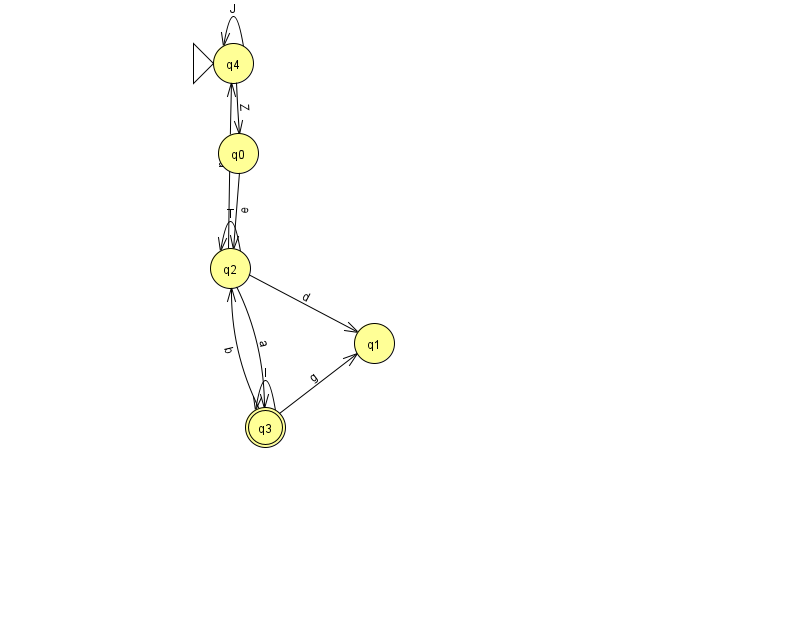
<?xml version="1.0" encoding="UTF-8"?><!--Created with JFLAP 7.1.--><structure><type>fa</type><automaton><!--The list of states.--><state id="0" name="q0"><x>238.0</x><y>140.0</y></state><state id="1" name="q1"><x>374.0</x><y>330.0</y></state><state id="2" name="q2"><x>230.0</x><y>255.0</y></state><state id="3" name="q3"><x>265.0</x><y>414.0</y><final/></state><state id="4" name="q4"><x>233.0</x><y>50.0</y><initial/></state><!--The list of transitions.--><transition><from>2</from><to>4</to><read>p</read></transition><transition><from>2</from><to>1</to><read>d</read></transition><transition><from>2</from><to>2</to><read>T</read></transition><transition><from>3</from><to>2</to><read>b</read></transition><transition><from>4</from><to>0</to><read>Z</read></transition><transition><from>3</from><to>1</to><read>g</read></transition><transition><from>2</from><to>3</to><read>a</read></transition><transition><from>0</from><to>2</to><read>e</read></transition><transition><from>4</from><to>4</to><read>J</read></transition><transition><from>3</from><to>3</to><read>l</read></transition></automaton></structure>